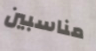
مناسبين